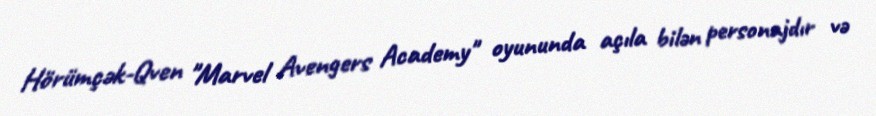
Hörümçək-Qven "Marvel Avengers Academy" oyununda açıla bilən personajdır və